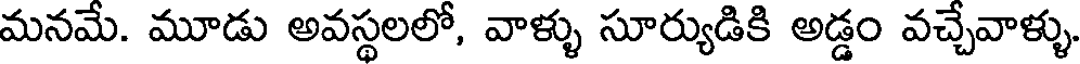
మనమే. మూడు అవస్థలలో, వాళ్ళు సూర్యుడికి అడ్డం వచ్చేవాళ్ళు